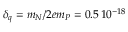
\delta _ { q } = m _ { N } / 2 e m _ { P } = 0 . 5 \, 1 0 ^ { - 1 8 }